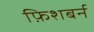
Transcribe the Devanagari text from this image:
फ़िशबर्न